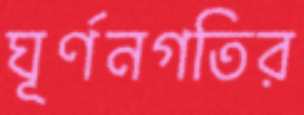
ঘূর্ণনগতির